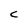
Character: c